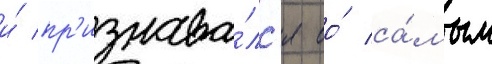
и́ пр'изнава́лс'я ео́ са́мым